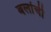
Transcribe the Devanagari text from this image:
बलांची